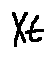
X t